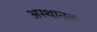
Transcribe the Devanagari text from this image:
अस्थानक